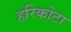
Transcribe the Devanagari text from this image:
हरिकोटा